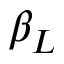
\beta _ { L }